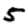
Digit: 5